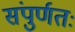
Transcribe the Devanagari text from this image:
संपुर्णतः